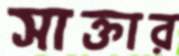
সাক্তার